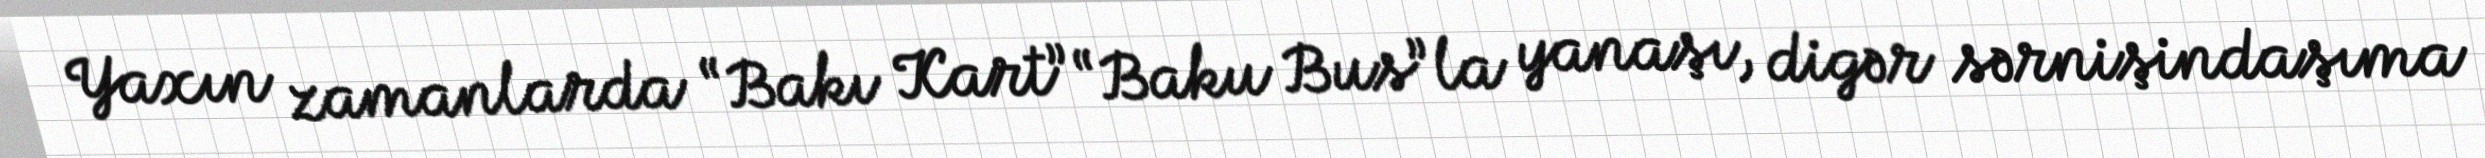
Yaxın zamanlarda “Bakı Kart” “Baku Bus”la yanaşı, digər sərnişindaşıma